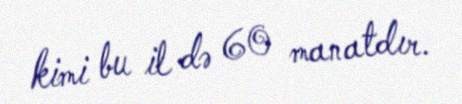
kimi bu il də 60 manatdır.